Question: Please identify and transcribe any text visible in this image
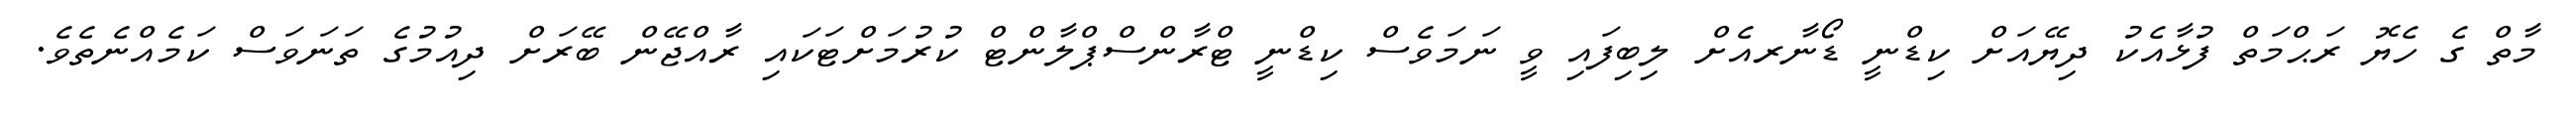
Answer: މާތް ގެ ހެޔޮ ރަޙްމަތް ފުޅާއެކު ދިޔޭއަށް ކިޑްނީ ޑޯނާރއެށް ލިބިފައި ވީ ނަމަވެސް ކިޑްނީ ޓްރާންސްޕްލާންޓް ކުރުމަށްޓަކައި ރާއްޖޭން ބޭރަށް ދިއުމުގެ ތަނަވަސް ކަމެއްނެތެވެ.